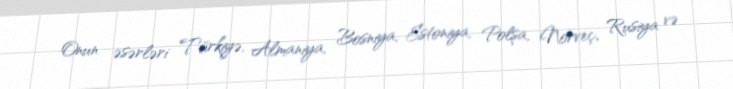
Onun əsərləri Türkiyə, Almaniya, Bosniya, Estoniya, Polşa, Norveç, Rusiya və